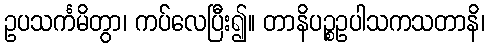
ဥပသင်္ကမိတွာ၊ ကပ်လေပြီး၍။ တာနိပဉ္စဥပါသကသတာနိ၊